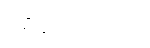
မရှိသေးသလို